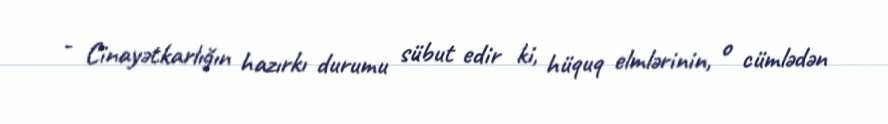
- Cinayətkarlığın hazırkı durumu sübut edir ki, hüquq elmlərinin, o cümlədən